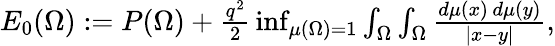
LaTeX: \begin{array}{r}{E_{0}(\Omega):=P(\Omega)+{\frac{q^{2}}{2}}\operatorname*{inf}_{\mu(\Omega)=1}\int_{\Omega}\int_{\Omega}{\frac{d\mu(x)\, d\mu(y)}{|x-y|}},}\end{array}